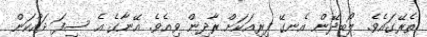
ތެރޭގައެވެ. ލޯބިދޭން އެނގޭ ފިރިއަކަށް ރާދިން ވިއެވެ. އޭނާގެ އެ ސިފަ ދައްކަން